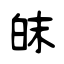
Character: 皌